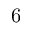
6